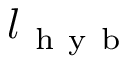
l _ { \mathrm { ~ h ~ y ~ b ~ } }